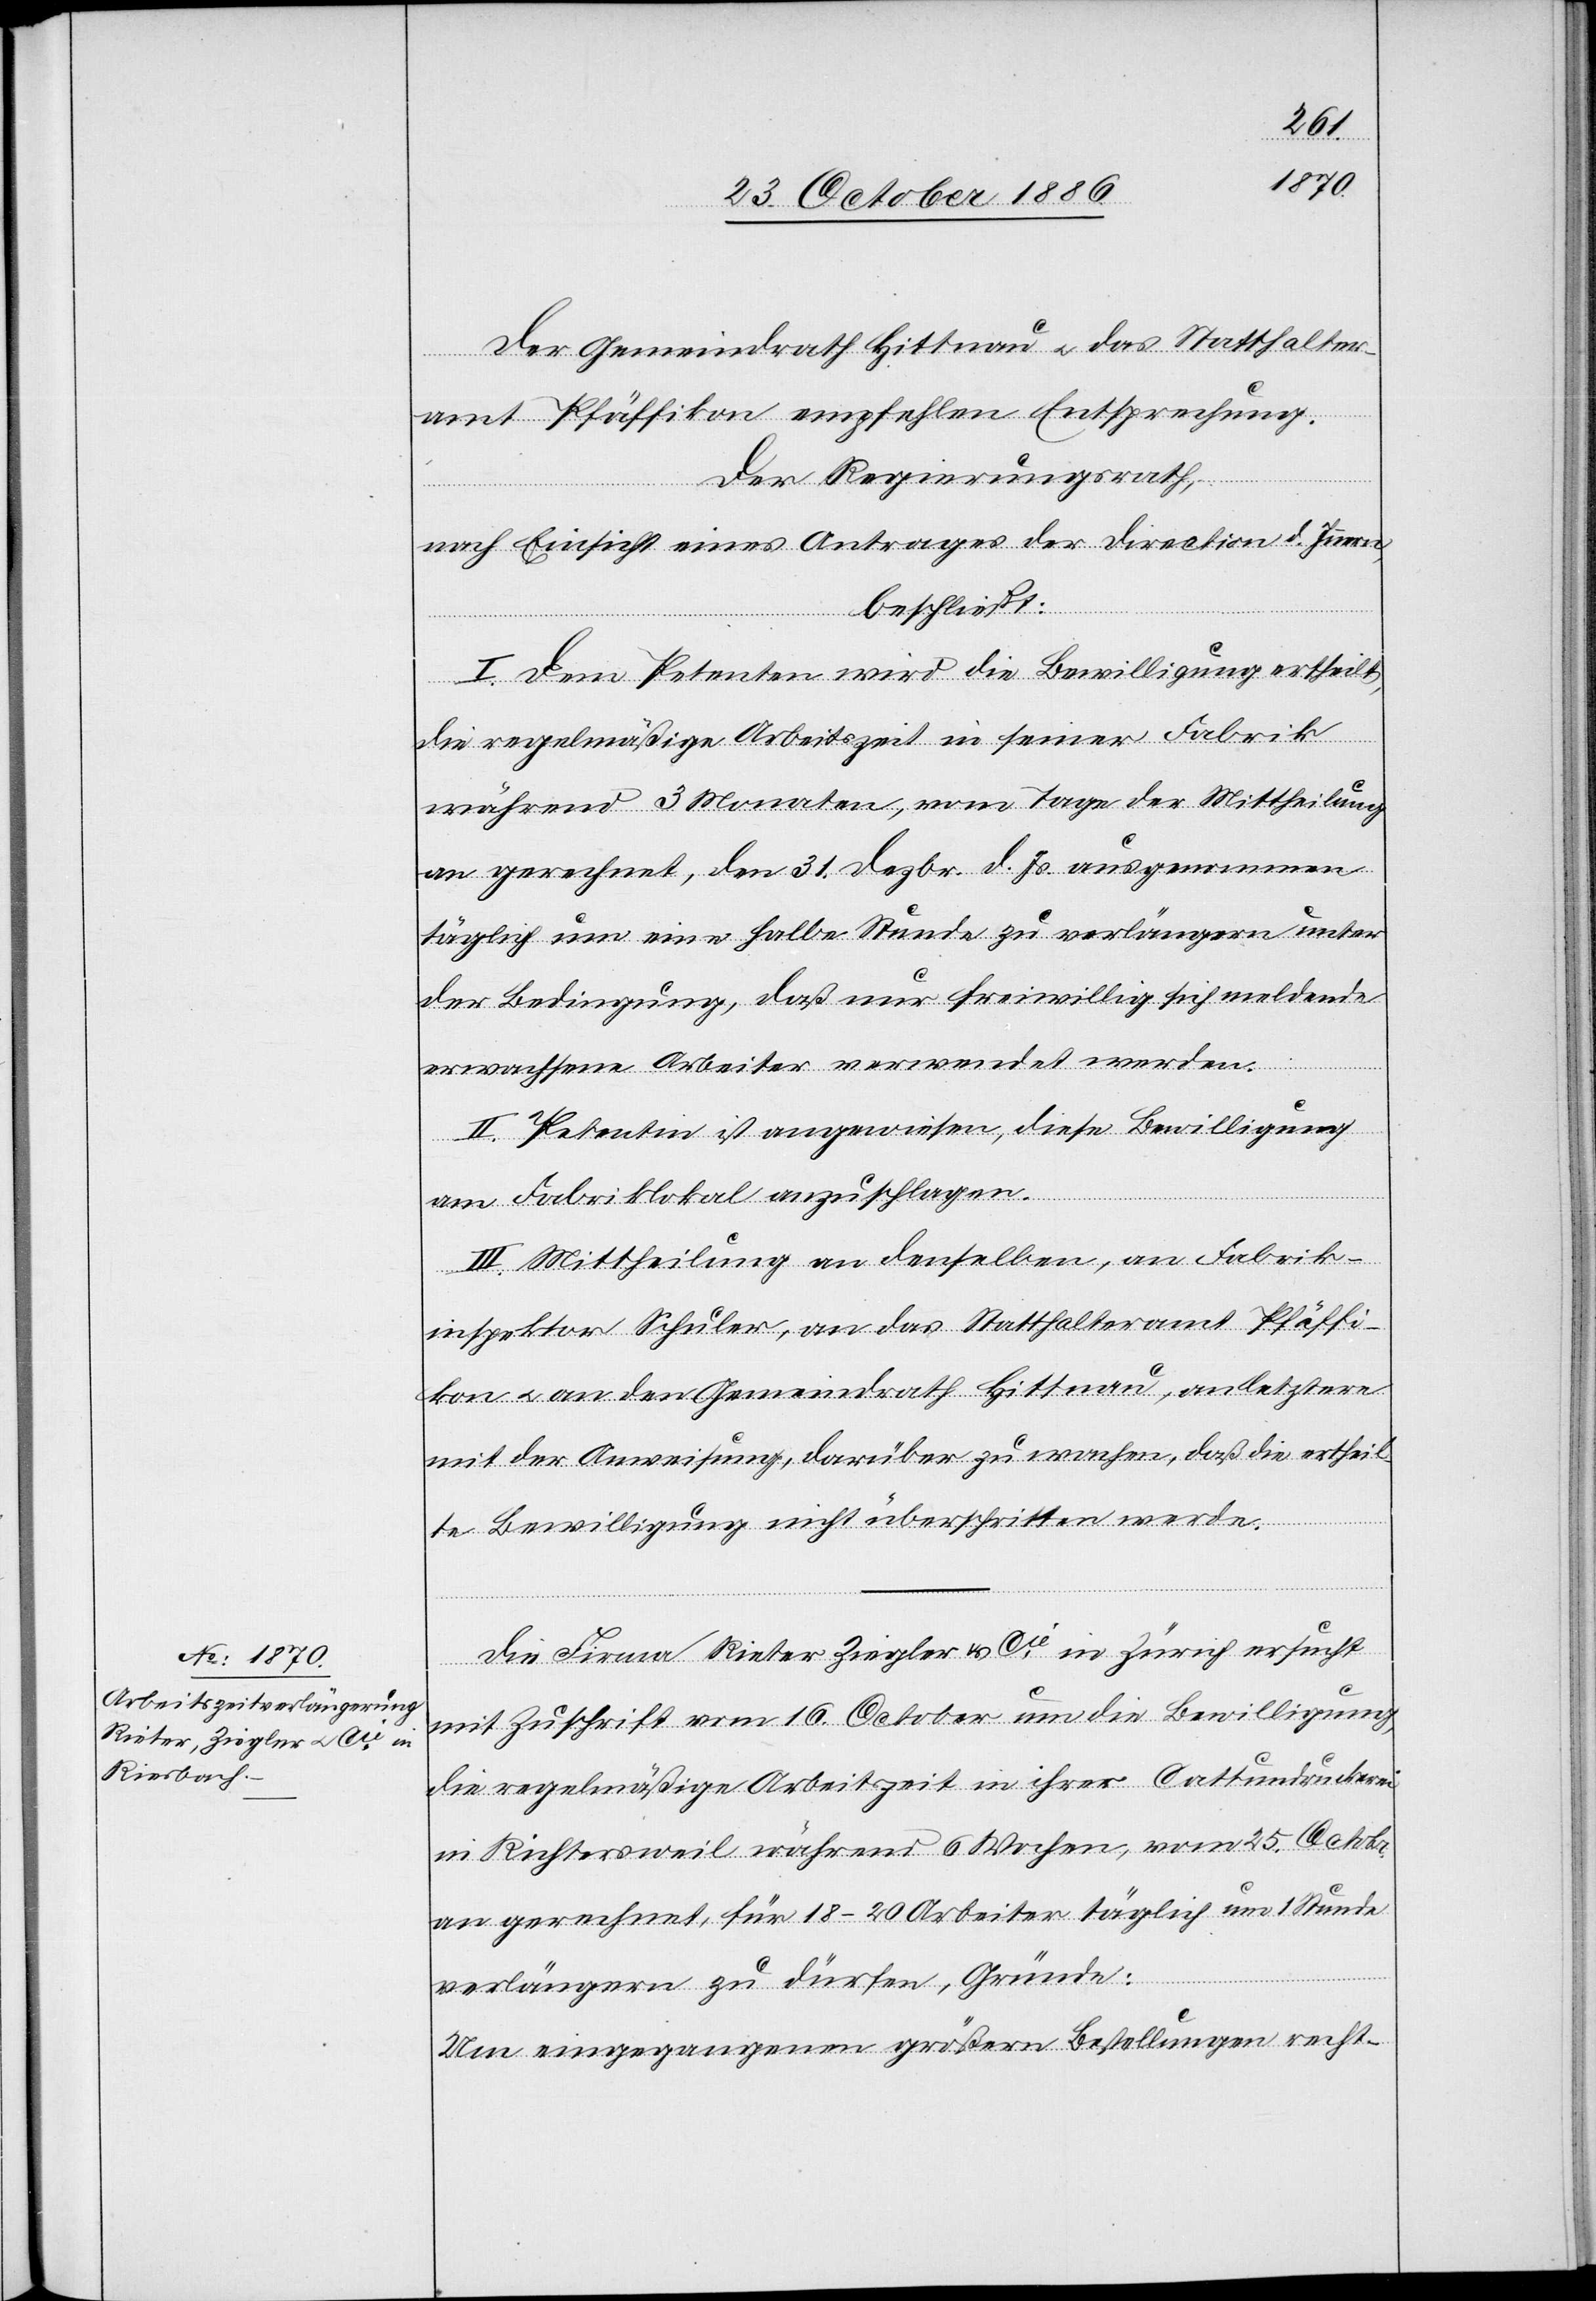
Der Gemeindrath Hittnau & das Statthalter¬
amt Pfäffikon empfehlen Entsprechung.
Der Regierungsrath,
nach Einsicht eines Antrages der Direction d. Innern,
beschließt:
I. Dem Petenten wird die Bewilligung ertheilt,
die regelmäßige Arbeitszeit in seiner Fabrik
während 3 Monaten, vom Tage der Mittheilung
an gerechnet, den 31. Dezbr. d. Js. ausgenommen[,]
täglich um eine halbe Stunde zu verlängern unter
der Bedingung, daß nur freiwillig sich meldende
erwachsene Arbeiter verwendet werden.
II. Petentin ist angewiesen, diese Bewilligung
am Fabriklokal anzuschlagen.
III. Mittheilung an denselben, an Fabrik¬
inspektor Schuler, an das Statthalteramt Pfäffi¬
kon & an den Gemeindrath Hittnau, an letztere
mit der Anweisung, darüber zu wachen, daß die ertheil¬
te Bewilligung nicht überschritten werde.
Die Firma Rieter Ziegler & Cie in Zürich ersucht
mit Zuschrift vom 16. October um die Bewilligung,
die regelmäßige Arbeitszeit in ihrer Cattundruckerei
in Richtersweil während 6 Wochen, vom 25. Octobr.
an gerechnet, für 18–20 Arbeiter täglich um 1 Stunde
verlängern zu dürfen, Gründe:
Um eingegangenen größern Bestellungen [sic!]